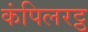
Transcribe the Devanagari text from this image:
कंपिलरट्ठ